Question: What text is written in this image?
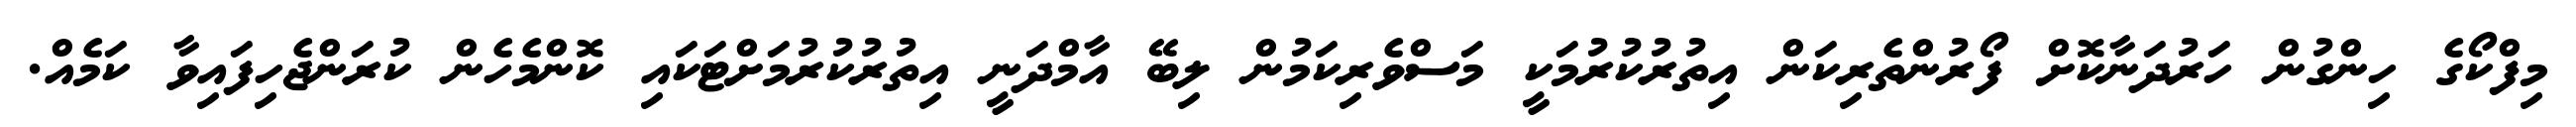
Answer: މިފްކޯގެ ހިންގުން ހަރުދަނާކޮށް ފޯރުންތެރިކަން އިތުރުކުރުމަކީ މަސްވެރިކަމުން ލިބޭ އާމްދަނީ އިތުރުކުރުމަށްޓަކައި ކޮންމެހެން ކުރަންޖެހިފައިވާ ކަމެއް.